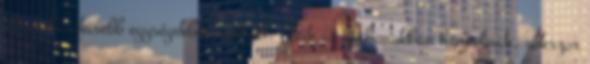
általában kisebb egységekben szolgál. Akik az otthonukban harcolnak, sokszor